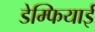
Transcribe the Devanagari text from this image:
डेम्फियाई